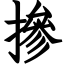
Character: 摻